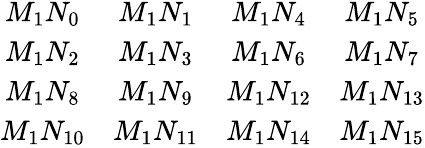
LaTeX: \begin{array}{cccc}{M_{1}N_{0}}&{M_{1}N_{1}}&{M_{1}N_{4}}&{M_{1}N_{5}}\\ {M_{1}N_{2}}&{M_{1}N_{3}}&{M_{1}N_{6}}&{M_{1}N_{7}}\\ {M_{1}N_{8}}&{M_{1}N_{9}}&{M_{1}N_{12}}&{M_{1}N_{13}}\\ {M_{1}N_{10}}&{M_{1}N_{11}}&{M_{1}N_{14}}&{M_{1}N_{15}}\end{array}